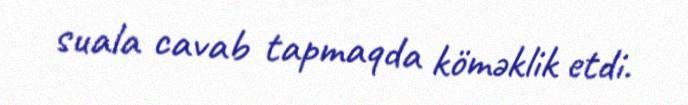
suala cavab tapmaqda köməklik etdi.